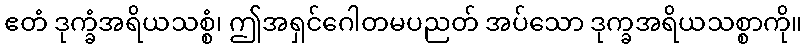
ဧတံ ဒုက္ခံအရိယသစ္စံ၊ ဤအရှင်ဂေါတမပညတ် အပ်သော ဒုက္ခအရိယသစ္စာကို။